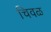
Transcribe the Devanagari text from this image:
चिवळ